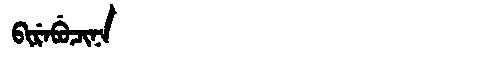
Manchu: ᠪᡳᡵᡝᠪᡠᠴᡳᠨᠠ
Romanization: BIREBUCINA